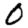
Digit: 0